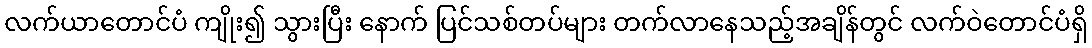
လက်ယာတောင်ပံ ကျိုး၍ သွားပြီး နောက် ပြင်သစ်တပ်များ တက်လာနေသည့်အချိန်တွင် လက်ဝဲတောင်ပံရှိ